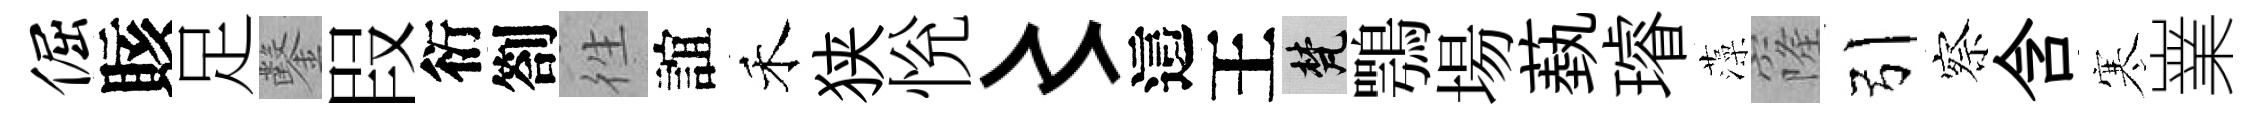
倔賅足鑿叚衍劄徃誼禾狭恱〻這王梵鶚場蓺璿藻窿引察含寒嶪